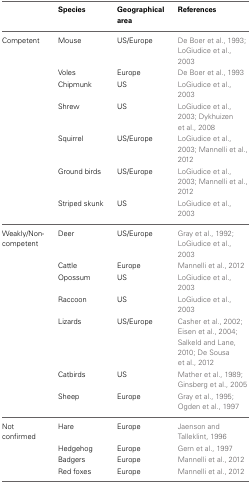
<table><thead><tr><td></td><td><b>Species</b></td><td><b>Geographical area</b></td><td><b>References</b></td></tr></thead><tbody><tr><td>Competent</td><td>Mouse</td><td>US/Europe</td><td>De Boer et al., 1993; LoGiudice et al., 2003</td></tr><tr><td></td><td>Voles</td><td>Europe</td><td>De Boer et al., 1993</td></tr><tr><td></td><td>Chipmunk</td><td>US</td><td>LoGiudice et al., 2003</td></tr><tr><td></td><td>Shrew</td><td>US</td><td>LoGiudice et al., 2003; Dykhuizen et al., 2008</td></tr><tr><td></td><td>Squirrel</td><td>US/Europe</td><td>LoGiudice et al., 2003; Mannelli et al., 2012</td></tr><tr><td></td><td>Ground birds</td><td>US/Europe</td><td>LoGiudice et al., 2003; Mannelli et al., 2012</td></tr><tr><td></td><td>Striped skunk</td><td>US</td><td>LoGiudice et al., 2003</td></tr><tr><td>Weakly/Non-competent</td><td>Deer</td><td>US/Europe</td><td>Gray et al., 1992; LoGiudice et al., 2003</td></tr><tr><td></td><td>Cattle</td><td>Europe</td><td>Mannelli et al., 2012</td></tr><tr><td></td><td>Opossum</td><td>US</td><td>LoGiudice et al., 2003</td></tr><tr><td></td><td>Raccoon</td><td>US</td><td>LoGiudice et al., 2003</td></tr><tr><td></td><td>Lizards</td><td>US/Europe</td><td>Casher et al., 2002; Eisen et al., 2004; Salkeld and Lane, 2010; De Sousa et al., 2012</td></tr><tr><td></td><td>Catbirds</td><td>US</td><td>Mather et al., 1989; Ginsberg et al., 2005</td></tr><tr><td></td><td>Sheep</td><td>Europe</td><td>Gray et al., 1995; Ogden et al., 1997</td></tr><tr><td>Not confirmed</td><td>Hare</td><td>Europe</td><td>Jaenson and Talleklint, 1996</td></tr><tr><td></td><td>Hedgehog</td><td>Europe</td><td>Gern et al., 1997</td></tr><tr><td></td><td>Badgers</td><td>Europe</td><td>Mannelli et al., 2012</td></tr><tr><td></td><td>Red foxes</td><td>Europe</td><td>Mannelli et al., 2012</td></tr></tbody></table>